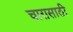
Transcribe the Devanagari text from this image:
चारासाठी